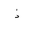
Letter: _thal